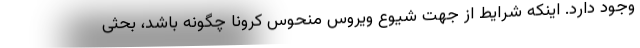
وجود دارد. اینکه شرایط از جهت شیوع ویروس منحوس کرونا چگونه باشد، بحثی